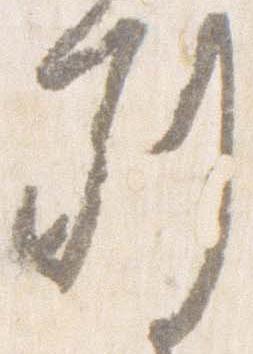
別